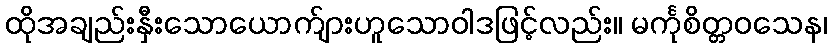
ထိုအချည်းနှီးသောယောက်ျားဟူသောဝါဒဖြင့်လည်း။ မင်္ကုစိတ္တဝသေန၊